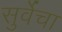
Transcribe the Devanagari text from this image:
सुर्वेचा